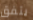
يتفق